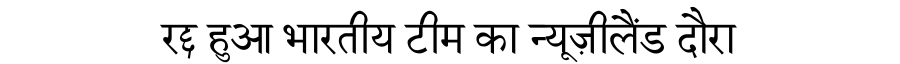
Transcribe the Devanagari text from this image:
रद्द हुआ भारतीय टीम का न्यूज़ीलैंड दौरा